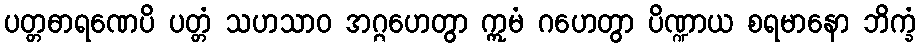
ပတ္တဓာရဏေပိ ပတ္တံ သဟသာဝ အဂ္ဂဟေတွာ ဣမံ ဂဟေတွာ ပိဏ္ဍာယ စရမာနော ဘိက္ခံ